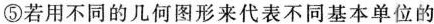
⑤若用不同的几何图形来代表不同基本单位的